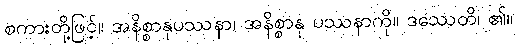
စကားတို့ဖြင့်။ အနိစ္စာနုပဿနာ၊ အနိစ္စာနု ပဿနာကို။ ဒဿေတိ၊ ၏။